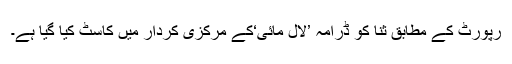
رپورٹ کے مطابق ثنا کو ڈرامہ ’لال مائی‘کے مرکزی کردار میں کاسٹ کیا گیا ہے۔